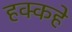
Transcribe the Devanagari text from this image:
हक्कहे